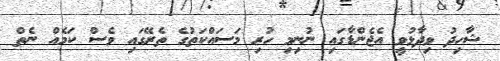
ޝާހިދު ވިދާޅުވީ އެޖެންޑާގައި ނުނިމި ހުރި މަސައްކަތުގެ ތެރޭގައި ވެސް ކަމެއް ނެތް